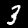
Digit: 3